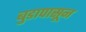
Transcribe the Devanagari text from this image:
बुडापासून